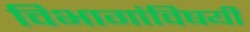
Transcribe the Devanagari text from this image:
विभागांविषयी